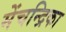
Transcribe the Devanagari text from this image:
मेंचन्द्रिका